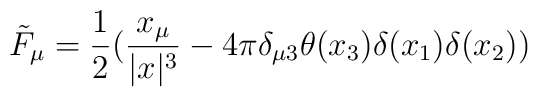
\tilde{F}_{\mu} = \frac{1}{2}(\frac{x_{\mu}}{|x|^3}-4\pi \delta_{\mu3} \theta(x_3) \delta(x_1) \delta(x_2))